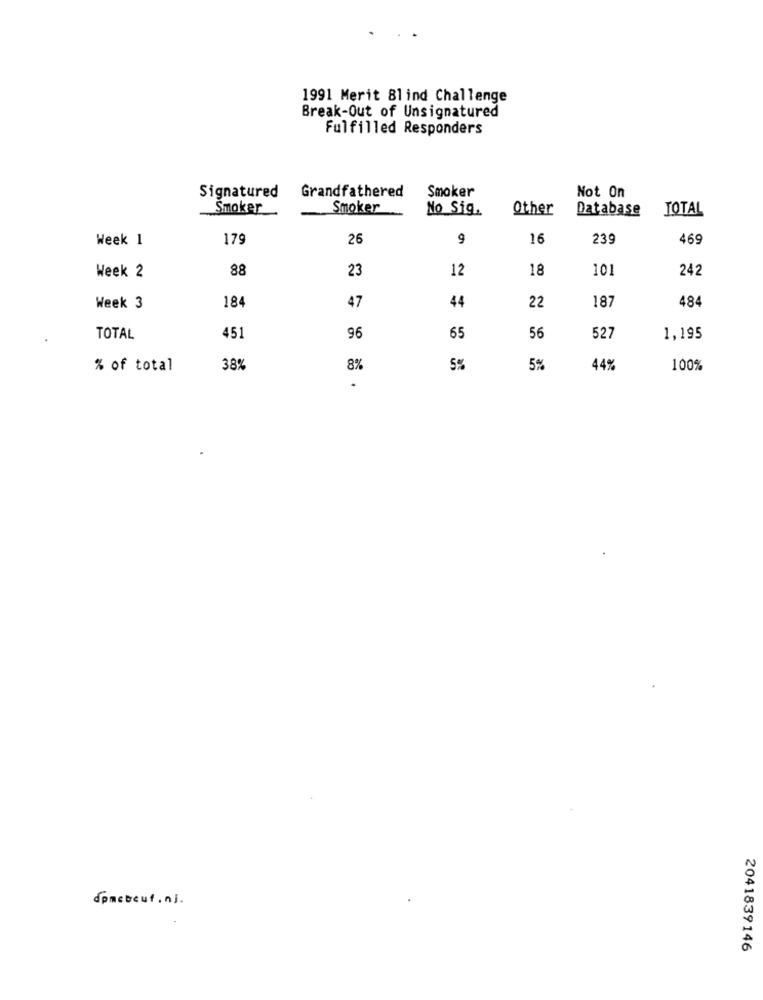
1991 Merit Blind Challenge
Break-Out of Unsignatured
Fulfilled Responders
Signatured
Grandfathered
Smoker
Not On
Smoker
Smoker
No Sig.
Other
Database
TOTAL
Week 1
179
26
9
16
239
469
88
23
12
18
101
242
Week 2
184
47
44
22
187
484
Week 3
TOTAL
451
96
65
56
527
1,195
% of total
38%
8%
5%
5%
44%
100%
.
doncbeut, nj.
2041839146